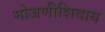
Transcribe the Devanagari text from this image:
मोजणीशिवाय